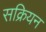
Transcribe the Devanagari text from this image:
सक्रियन